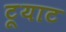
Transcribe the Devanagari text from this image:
टूयाट